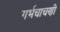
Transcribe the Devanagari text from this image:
गर्भचाचणी